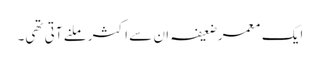
ایک معمر ضعیفہ ان سے اکثر ملنے آتی تھی۔